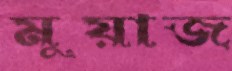
মুয়াজ